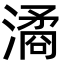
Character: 潏